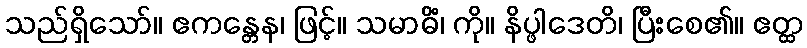
သည်ရှိသော်။ ဧကန္တေန၊ ဖြင့်။ သမာဓိံ၊ ကို။ နိပ္ဖါဒေတိ၊ ပြီးစေ၏။ ဧတ္ထ